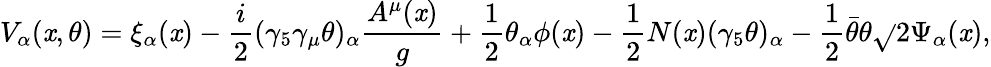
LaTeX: V_{\alpha}(\mathit{x},\theta)=\xi_{\alpha}(\mathit{x})-\frac{{i}}{{2}}(\gamma_{5}\gamma_{\mu}\theta)_{\alpha}\frac{{A^{\mu}(\mathit{x})}}{{g}}+\frac{{1}}{{2}}\theta_{\alpha}\phi(\mathit{x})-\frac{{1}}{{2}}N(\mathit{x})(\gamma_{5}\theta)_{\alpha}-\frac{{1}}{{2}}\bar{{\theta}}\theta\sqrt{}{{2}}\Psi_{\alpha}(\mathit{x}),